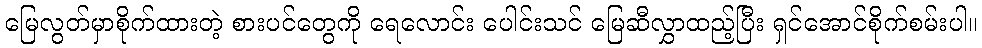
မြေလွတ်မှာစိုက်ထားတဲ့ စားပင်တွေကို ရေလောင်း ပေါင်းသင် မြေဆီလွှာထည့်ပြီး ရှင်အောင်စိုက်စမ်းပါ။